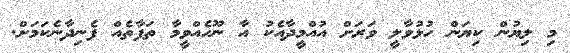
މި ލިޔުން ކިޔަން ހުޅުވާލީ ވަރަށް އުއްމީދާއެކު އާ ނޫހެއްވީމާ ތަފާތެއް ފެނިދާނެކަމަށް.